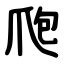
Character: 爮